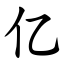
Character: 亿